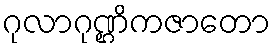
ဂုလာဂုဏ္ဌိကဇာတော